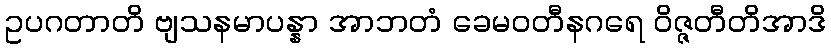
ဥပဂတာတိ ဗျသနမာပန္နာ အာဘတံ ခေမဝတီနဂရေ ဝိဇ္ဇတီတိအာဒိ